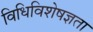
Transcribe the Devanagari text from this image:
विधिविशेषज्ञता